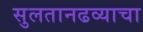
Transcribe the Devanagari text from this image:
सुलतानढव्याचा